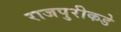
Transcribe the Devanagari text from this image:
राजपुरीकडे